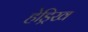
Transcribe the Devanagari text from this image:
हेड्रिख